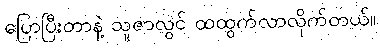
ပြောပြီးတာနဲ့ သူဇာလွင် ထထွက်လာလိုက်တယ်။